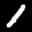
Label: 1